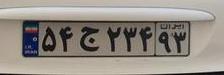
۵۴ج۲۳۴۹۳